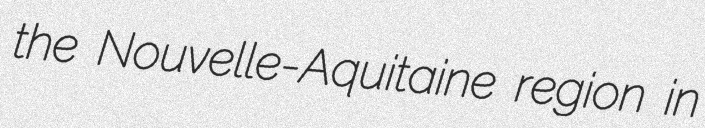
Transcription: the Nouvelle-Aquitaine region in